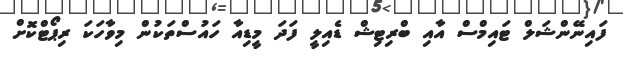
ފައިނޭންޝަލް ޓައިމްސް އާއި ބްރިޓިޝް ޑެއިލީ ފަދަ މީޑިއާ ހައުސްތަކުން މިވާހަކަ ރިޕޯޓްކޮށް